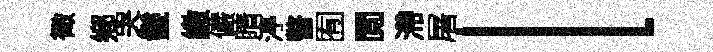
徵鄕哭鬛繳儼睛渟瞥囿閲滯屠l